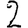
Digit: 2